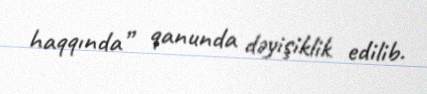
haqqında” qanunda dəyişiklik edilib.